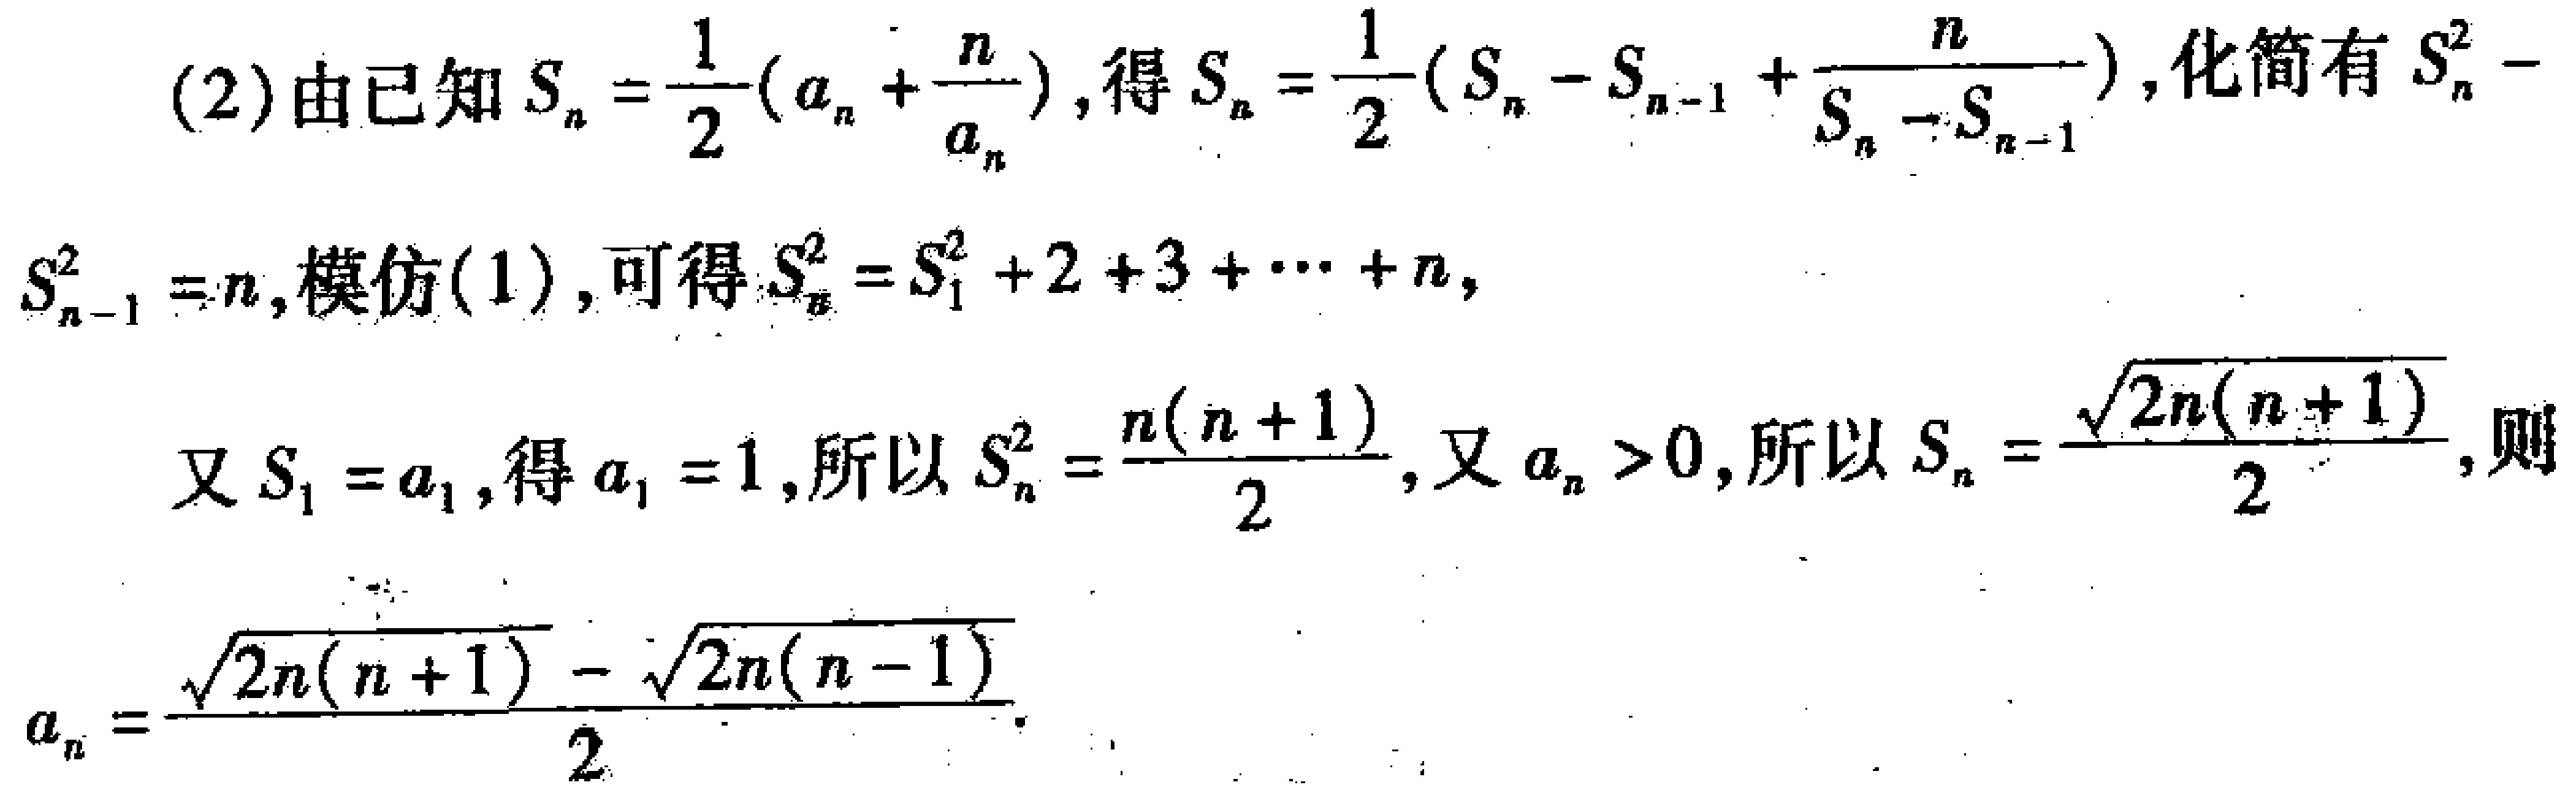
(2)由已知\(S_{n}=\frac{1}{2}(a_{n}+\frac{n}{a_{n}})\)，得\(S_{n}=\frac{1}{2}(S_{n}-S_{n - 1}+\frac{n}{S_{n}-S_{n - 1}})\)，化简有\(S_{n}^{2}-S_{n - 1}^{2}=n\)，模仿(1)，可得\(S_{n}^{2}=S_{1}^{2}+2 + 3+\cdots + n\)，
又\(S_{1}=a_{1}\)，得\(a_{1}=1\)，所以\(S_{n}^{2}=\frac{n(n + 1)}{2}\)，又\(a_{n}>0\)，所以\(S_{n}=\frac{\sqrt{2n(n + 1)}}{2}\)，则
\(a_{n}=\frac{\sqrt{2n(n + 1)}-\sqrt{2n(n - 1)}}{2}\)。